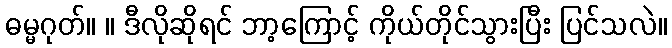
ဓမ္မဂုတ်။ ။ ဒီလိုဆိုရင် ဘာ့ကြောင့် ကိုယ်တိုင်သွားပြီး ပြင်သလဲ။